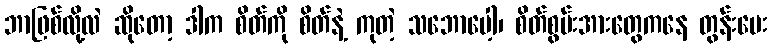
ဘာဖြစ်လို့လဲ ဆိုတော့ ဒါက စိတ်ကို စိတ်နဲ့ ကုတဲ့ သဘောပေါ့၊ စိတ်စွမ်းအားတွေကနေ တွန်းပေး